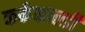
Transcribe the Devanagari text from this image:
कर्ककाल्डी